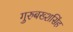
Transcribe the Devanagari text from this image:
गुरुबख्शसिंह